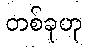
တစ်ခုဟု